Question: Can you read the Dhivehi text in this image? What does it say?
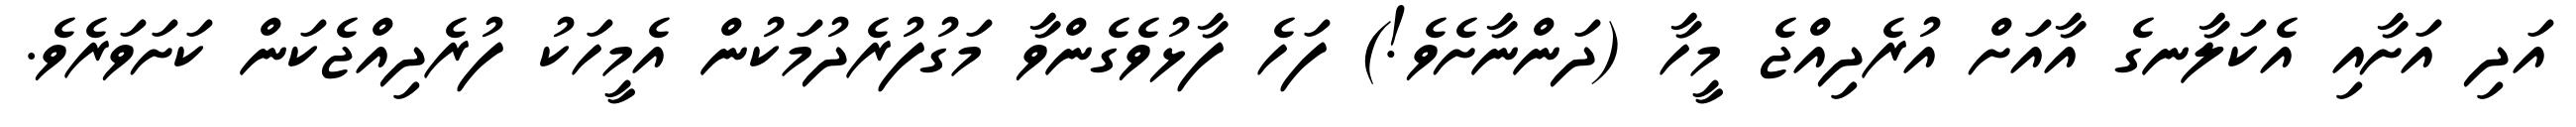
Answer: އަދި އަށާއި އެކަލާނގެ އާއަށް އުރެދިއްޖެ މީހާ (ދަންނާށެވެ!) ފަހެ ފާޅުވެގެންވާ މަގުފުރެދުމަކުން އެމީހަކު ފުރެދިއްޖެކަން ކަށަވަރެވެ.